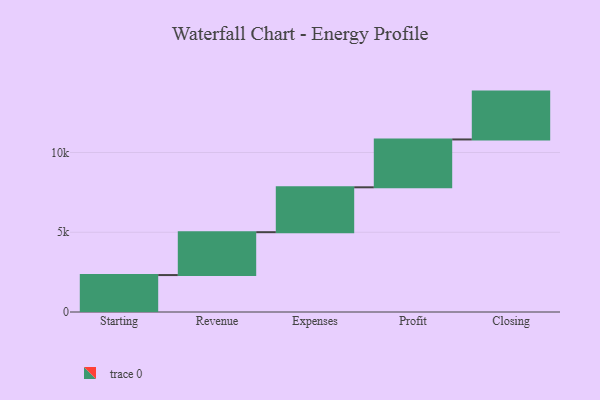
{"axis": {"x": "Step", "y": "Value"}, "legend": [""], "data": [{"x": "Starting", "y": 2316.0, "type": ""}, {"x": "Revenue", "y": 2688.0, "type": ""}, {"x": "Expenses", "y": 2814.0, "type": ""}, {"x": "Profit", "y": 3000, "type": ""}, {"x": "Closing", "y": 3000, "type": ""}]}